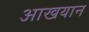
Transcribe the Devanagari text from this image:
आखयान